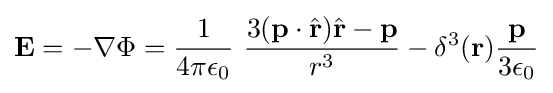
\mathbf {E} =-\nabla \Phi ={\frac {1}{4\pi \epsilon _{0}}}\ {\frac {3(\mathbf {p} \cdot {\hat {\mathbf {r} }}){\hat {\mathbf {r} }}-\mathbf {p} }{r^{3}}}-\delta ^{3}(\mathbf {r} ){\frac {\mathbf {p} }{3\epsilon _{0}}}